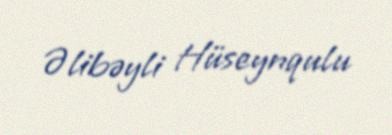
Əlibəyli Hüseynqulu